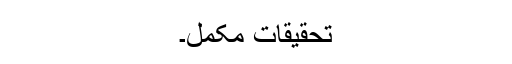
تحقیقات مکمل۔